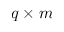
q \times m